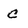
Character: C